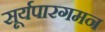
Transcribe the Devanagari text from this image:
सूर्यपारगमन